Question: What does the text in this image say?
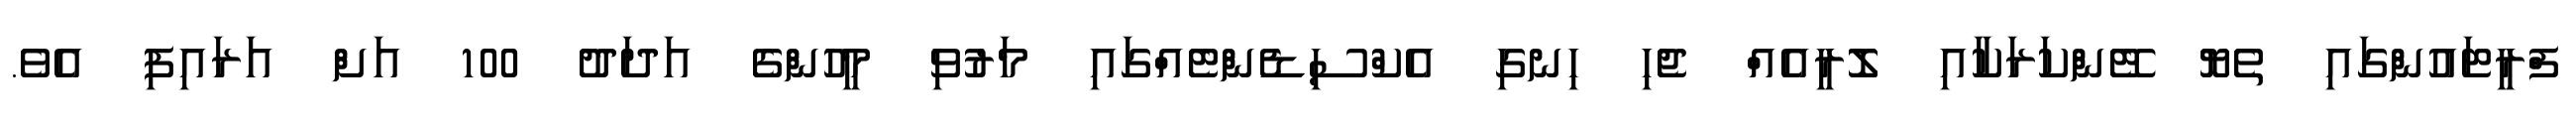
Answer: ފްރީޓައުންގައި ތެޔޮ ޓޭންކަރަކާއި ލޮރީއެއް ޖެހި ހިނގި އެކްސިޑެންޓެއްގައި މަރުވި މީހުންގެ އަދަދު 100 އަށް އަރައިފި އެވެ.